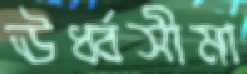
ঊর্ধ্বসীমা